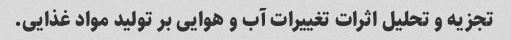
تجزیه و تحلیل اثرات تغییرات آب و هوایی بر تولید مواد غذایی.